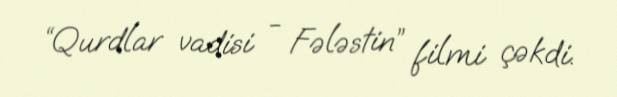
“Qurdlar vadisi - Fələstin” filmi çəkdi.